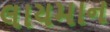
લાયમાન